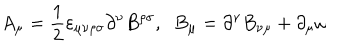
LaTeX: A _ { \mu } = \frac { 1 } { 2 } { \varepsilon } _ { \mu \nu \rho \sigma } \partial ^ { \nu } B ^ { \rho \sigma } , \; \; B _ { \mu } = \partial ^ { \nu } B _ { \nu \mu } + \partial _ { \mu } \omega